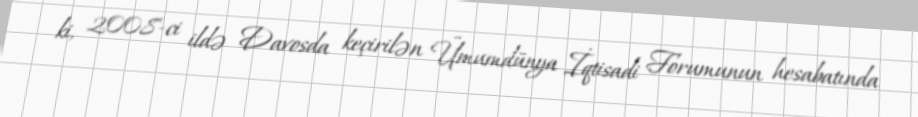
ki, 2008-ci ildə Davosda keçirilən Ümumdünya İqtisadi Forumunun hesabatında